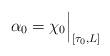
LaTeX: \begin{align*}\alpha_0 = \chi_0 \Big|_{[\tau_0,L]}\end{align*}